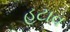
હટાવ